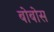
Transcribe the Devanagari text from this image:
बोबोस